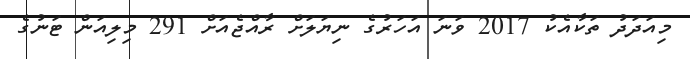
މިއަދަދު ތަކާއެކު 2017 ވަނަ އަހަރުގެ ނިޔަލަށް ރާއްޖެއަށް 291 މިލިއަން ޓަނުގެ